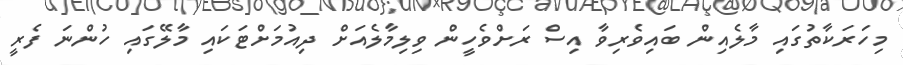
މިހަރަކާތުގައި މާލެއިން ބައިވެރިވާ އިސް ރަށްވެހީން ވިލިމާލެއަށް ދިއުމަށްޓަކައި މާލޭގައި ހުންނަ ފެރީ